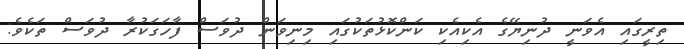
ތިރީގައި އެވަނީ ދުނިޔޭގެ އެކިއެކި ކަންކޮޅުތަކުގައި މިނިވަން ދުވަސް ފާހަގަކުރާ ދުވަސް ތަކެވެ: